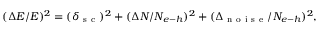
( \Delta E / E ) ^ { 2 } = ( \delta _ { \mathrm { ~ s ~ c ~ } } ) ^ { 2 } + ( \Delta N / N _ { e { \mathrm { - } } h } ) ^ { 2 } + ( \Delta _ { \mathrm { ~ n ~ o ~ i ~ s ~ e ~ } } / N _ { e { \mathrm { - } } h } ) ^ { 2 } ,